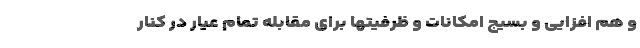
و هم افزایی و بسیج امکانات و ظرفیتها برای مقابله تمام عیار در کنار